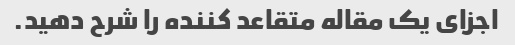
اجزای یک مقاله متقاعد کننده را شرح دهید.